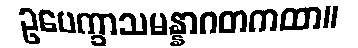
ဥပေက္ခာသမန္နာဂတကထာ။